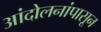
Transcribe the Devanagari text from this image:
आंदोलनांपासून